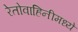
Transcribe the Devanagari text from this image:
रेतोवाहिनीमध्ये